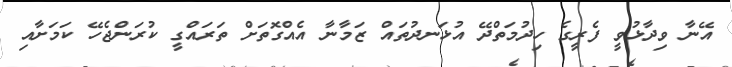
އޭނާ ވިދާޅުވީ ފެރީގެ ހިދުމަތްދޭ އުޅަނދުތައް ޒަމާނާ އެއްގޮތަށް ތަރައްގީ ކުރަންޖެހޭ ކަމަށާއި